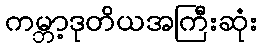
ကမ္ဘာ့ဒုတိယအကြီးဆုံး